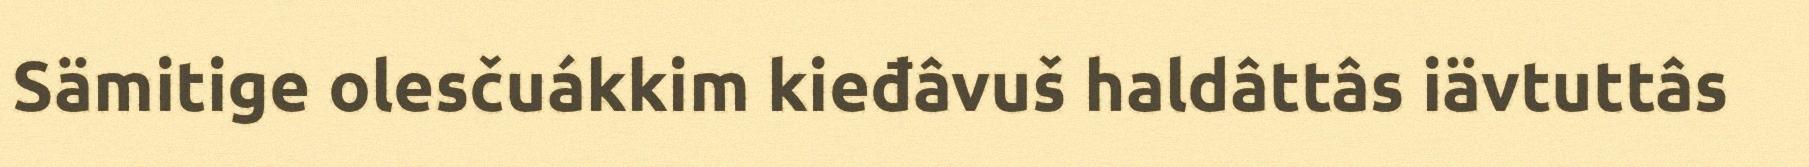
Sämitige olesčuákkim kieđâvuš haldâttâs iävtuttâs